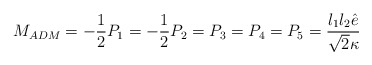
\begin{align*}M_{ADM} = - \frac12 P_1 = - \frac12 P_2 = P_3= P_4 = P_5 = \frac{l_1l_2\hat{e}}{\sqrt{2}\kappa}\end{align*}